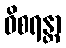
ဝိစရန္တာ